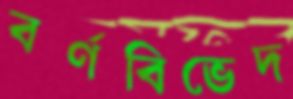
বর্ণবিভেদ